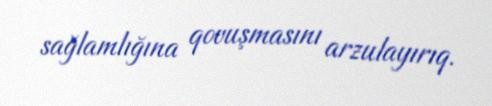
sağlamlığına qovuşmasını arzulayırıq.